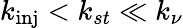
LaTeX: k_{\textrm{inj}}<k_{st}\ll k_{\nu}